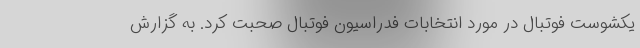
یکشوست فوتبال در مورد انتخابات فدراسیون فوتبال صحبت کرد. به گزارش